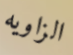
الزاويه